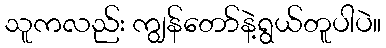
သူကလည်း ကျွန်တော်နဲ့ရွယ်တူပါပဲ။